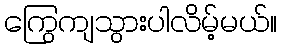
ကြွေကျသွားပါလိမ့်မယ်။